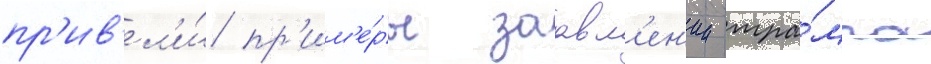
пр'ив'ел'и́ пр'им'е́ры заавл'ен'ии тра́мпа